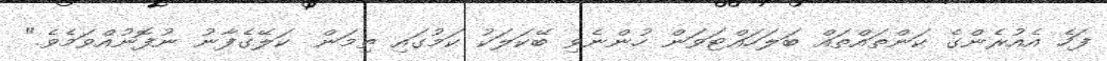
ފަހެ އެއުރެންގެ ކަންތައްތައް ބަލަހައްޓަވަން ހުންނެވި ބޭކަލަކު ކަމުގައި ތިމަން  ކަލޭގެފާނު ނުފޮނުއްވަމެވެ."